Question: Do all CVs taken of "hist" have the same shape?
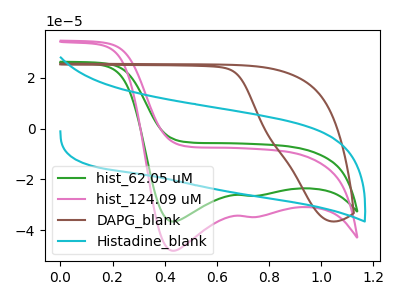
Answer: <think>The green curve "hist_62.05 uM" has cathodic peaks at (0.45V, -36.60uA) (0.70V, -26.45uA). The pink curve "hist_124.09 uM" has cathodic peaks at (0.45V, -48.15uA) (0.70V, -34.80uA). The brown curve "DAPG_blank" has no peaks. The cyan curve "Histadine_blank" has no peaks.
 All the peaks in "hist_62.05 uM" have a peak in "hist_124.09 uM" at the same potential. Every peak in "hist_62.05 uM" is lower than every peak in "hist_124.09 uM". "hist_62.05 uM" and "DAPG_blank" have a different number of peaks. "hist_62.05 uM" and "Histadine_blank" have a different number of peaks. "hist_124.09 uM" and "DAPG_blank" have a different number of peaks. "hist_124.09 uM" and "Histadine_blank" have a different number of peaks. Neither "DAPG_blank" or "Histadine_blank" have any peaks.</think>
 <answer>All the CV's of "hist" have similar shape.</answer>
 <eval>follow_rule</eval>